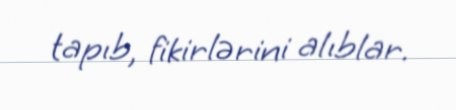
tapıb, fikirlərini alıblar.